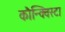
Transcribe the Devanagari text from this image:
कौन्क्विस्टा